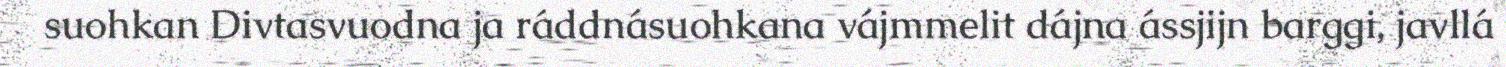
suohkan Divtasvuodna ja ráddnásuohkana vájmmelit dájna ássjijn barggi, javllá